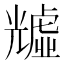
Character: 𧇺